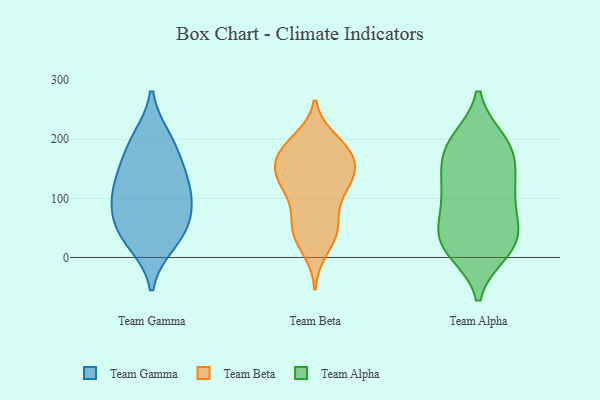
{"axis": {"x": "Churn Rate (%)", "y": "Value"}, "legend": ["Team Alpha", "Team Beta", "Team Gamma"], "data": [{"x": "", "y": 78, "type": "Team Gamma"}, {"x": "", "y": 135, "type": "Team Gamma"}, {"x": "", "y": 41, "type": "Team Gamma"}, {"x": "", "y": 145, "type": "Team Gamma"}, {"x": "", "y": 107, "type": "Team Gamma"}, {"x": "", "y": 25, "type": "Team Gamma"}, {"x": "", "y": 51, "type": "Team Gamma"}, {"x": "", "y": 189, "type": "Team Gamma"}, {"x": "", "y": 99, "type": "Team Gamma"}, {"x": "", "y": 200, "type": "Team Gamma"}, {"x": "", "y": 163, "type": "Team Beta"}, {"x": "", "y": 139, "type": "Team Beta"}, {"x": "", "y": 135, "type": "Team Beta"}, {"x": "", "y": 43, "type": "Team Beta"}, {"x": "", "y": 175, "type": "Team Beta"}, {"x": "", "y": 140, "type": "Team Beta"}, {"x": "", "y": 118, "type": "Team Beta"}, {"x": "", "y": 40, "type": "Team Beta"}, {"x": "", "y": 114, "type": "Team Beta"}, {"x": "", "y": 141, "type": "Team Beta"}, {"x": "", "y": 56, "type": "Team Beta"}, {"x": "", "y": 71, "type": "Team Beta"}, {"x": "", "y": 198, "type": "Team Beta"}, {"x": "", "y": 111, "type": "Team Beta"}, {"x": "", "y": 44, "type": "Team Beta"}, {"x": "", "y": 168, "type": "Team Beta"}, {"x": "", "y": 180, "type": "Team Beta"}, {"x": "", "y": 192, "type": "Team Beta"}, {"x": "", "y": 13, "type": "Team Beta"}, {"x": "", "y": 182, "type": "Team Beta"}, {"x": "", "y": 21, "type": "Team Alpha"}, {"x": "", "y": 44, "type": "Team Alpha"}, {"x": "", "y": 151, "type": "Team Alpha"}, {"x": "", "y": 101, "type": "Team Alpha"}, {"x": "", "y": 125, "type": "Team Alpha"}, {"x": "", "y": 192, "type": "Team Alpha"}, {"x": "", "y": 197, "type": "Team Alpha"}, {"x": "", "y": 187, "type": "Team Alpha"}, {"x": "", "y": 11, "type": "Team Alpha"}, {"x": "", "y": 31, "type": "Team Alpha"}, {"x": "", "y": 16, "type": "Team Alpha"}, {"x": "", "y": 78, "type": "Team Alpha"}, {"x": "", "y": 99, "type": "Team Alpha"}, {"x": "", "y": 38, "type": "Team Alpha"}, {"x": "", "y": 139, "type": "Team Alpha"}, {"x": "", "y": 185, "type": "Team Alpha"}]}